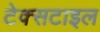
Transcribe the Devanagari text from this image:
टेक्‍सटाइल